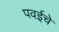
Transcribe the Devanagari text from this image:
पवईचे